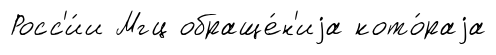
Росс'и́и Мгц обраще́н'иjа кото́раjа